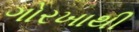
ગોરખાથી